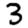
Digit: 3